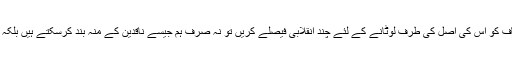
آج بھی عمران خا ن صاحب حوصلہ کریں اور تحریک انصاف کو اس کی اصل کی طرف لوٹانے کے لئے چند انقلابی فیصلے کریں تو نہ صرف ہم جیسے ناقدین کے منہ بند کرسکتے ہیں بلکہ تحریک انصاف کے ساتھ ساتھ ملک کو بھی بچاسکتے ہیں ۔